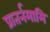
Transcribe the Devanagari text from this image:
प्रातर्नमामि